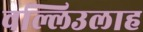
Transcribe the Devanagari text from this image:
वल्लिउलाह